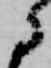
に